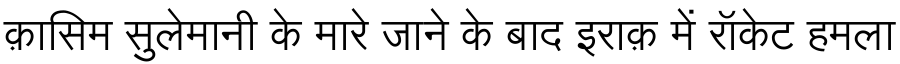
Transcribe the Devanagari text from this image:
क़ासिम सुलेमानी के मारे जाने के बाद इराक़ में रॉकेट हमला